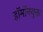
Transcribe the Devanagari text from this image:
हॉर्मोनयुक्त